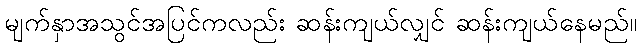
မျက်နှာအသွင်အပြင်ကလည်း ဆန်းကျယ်လျှင် ဆန်းကျယ်နေမည်။